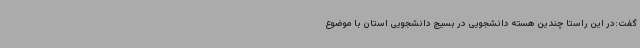
گفت:در این راستا چندین هسته دانشجویی در بسیج دانشجویی استان با موضوع